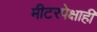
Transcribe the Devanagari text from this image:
मीटरपेक्षाही